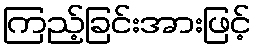
ကြည့်ခြင်းအားဖြင့်